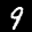
Label: 9